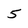
Character: 5